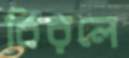
বিরলে